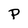
Character: P